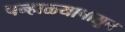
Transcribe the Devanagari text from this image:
पन्हाळ्यापासून